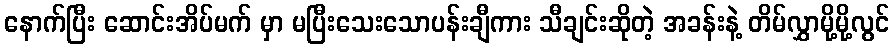
နောက်ပြီး ဆောင်းအိပ်မက် မှာ မပြီးသေးသောပန်းချီကား သီချင်းဆိုတဲ့ အခန်းနဲ့ တိမ်လွှာမို့မို့လွင်